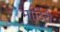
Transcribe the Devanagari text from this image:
मार्टिरी